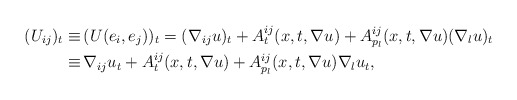
\begin{align*}\begin{aligned}(U_{ij})_t \equiv \,& (U (e_i, e_j))_t = (\nabla_{ij} u)_t + A^{ij}_t (x, t, \nabla u) + A^{ij}_{p_l} (x, t, \nabla u) (\nabla_{l} u)_t \\ \equiv \,& \nabla_{ij} u_t + A_{t}^{ij} (x, t, \nabla u) + A^{ij}_{p_l} (x, t, \nabla u) \nabla_{l} u_t, \end{aligned}\end{align*}